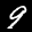
Label: 9